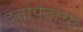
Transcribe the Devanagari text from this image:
दत्तोपंतांचा